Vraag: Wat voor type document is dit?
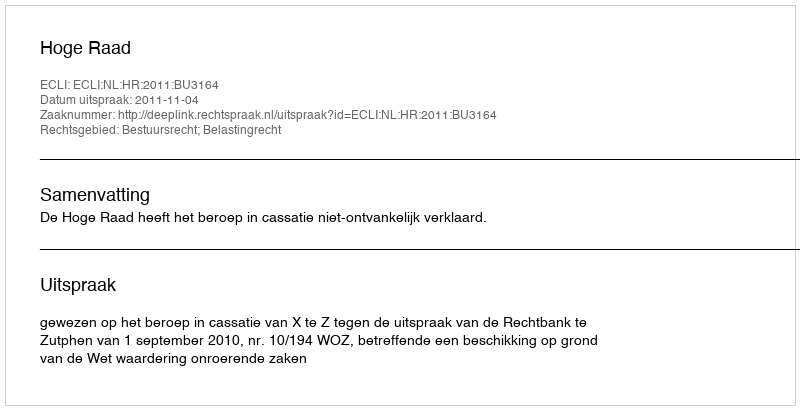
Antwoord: Uitspraak